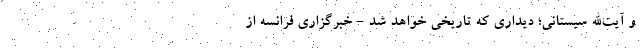
و آیت‌الله سیستانی؛ دیداری که تاریخی خواهد شد - خبرگزاری فرانسه از